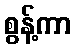
စွန့်ကာ